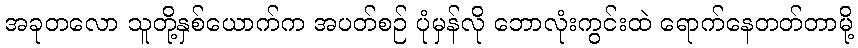
အခုတလော သူတို့နှစ်ယောက်က အပတ်စဉ် ပုံမှန်လို ဘောလုံးကွင်းထဲ ရောက်နေတတ်တာမို့